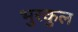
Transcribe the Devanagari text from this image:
भुरकुल